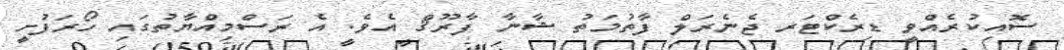
ސޮއިކުރެއްވީ ޑިރެކްޓަރ ޖެނެރަލް ފާތުމަތު ޝާނާ ފާރޫޤް އެވެ. އެ ރަސްމިއްޔާތުގައި ހޯރަފުށީ